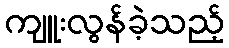
ကျူးလွန်ခဲ့သည့်